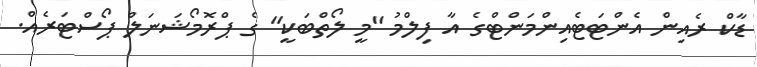
ޑާކް ރެއިން އެންޓަޓެއިންމަންޓްގެ އާ ފިލްމު "މީ ލޯތްބަކީ" ގެ ޕްރޮމޯޝަނަލް ޕޯސްޓަރެއް.